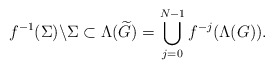
\begin{align*} f^{-1}(\Sigma)\backslash\Sigma\subset \Lambda(\widetilde{G})=\bigcup_{j=0}^{N-1}f^{-j}(\Lambda(G)).\end{align*}